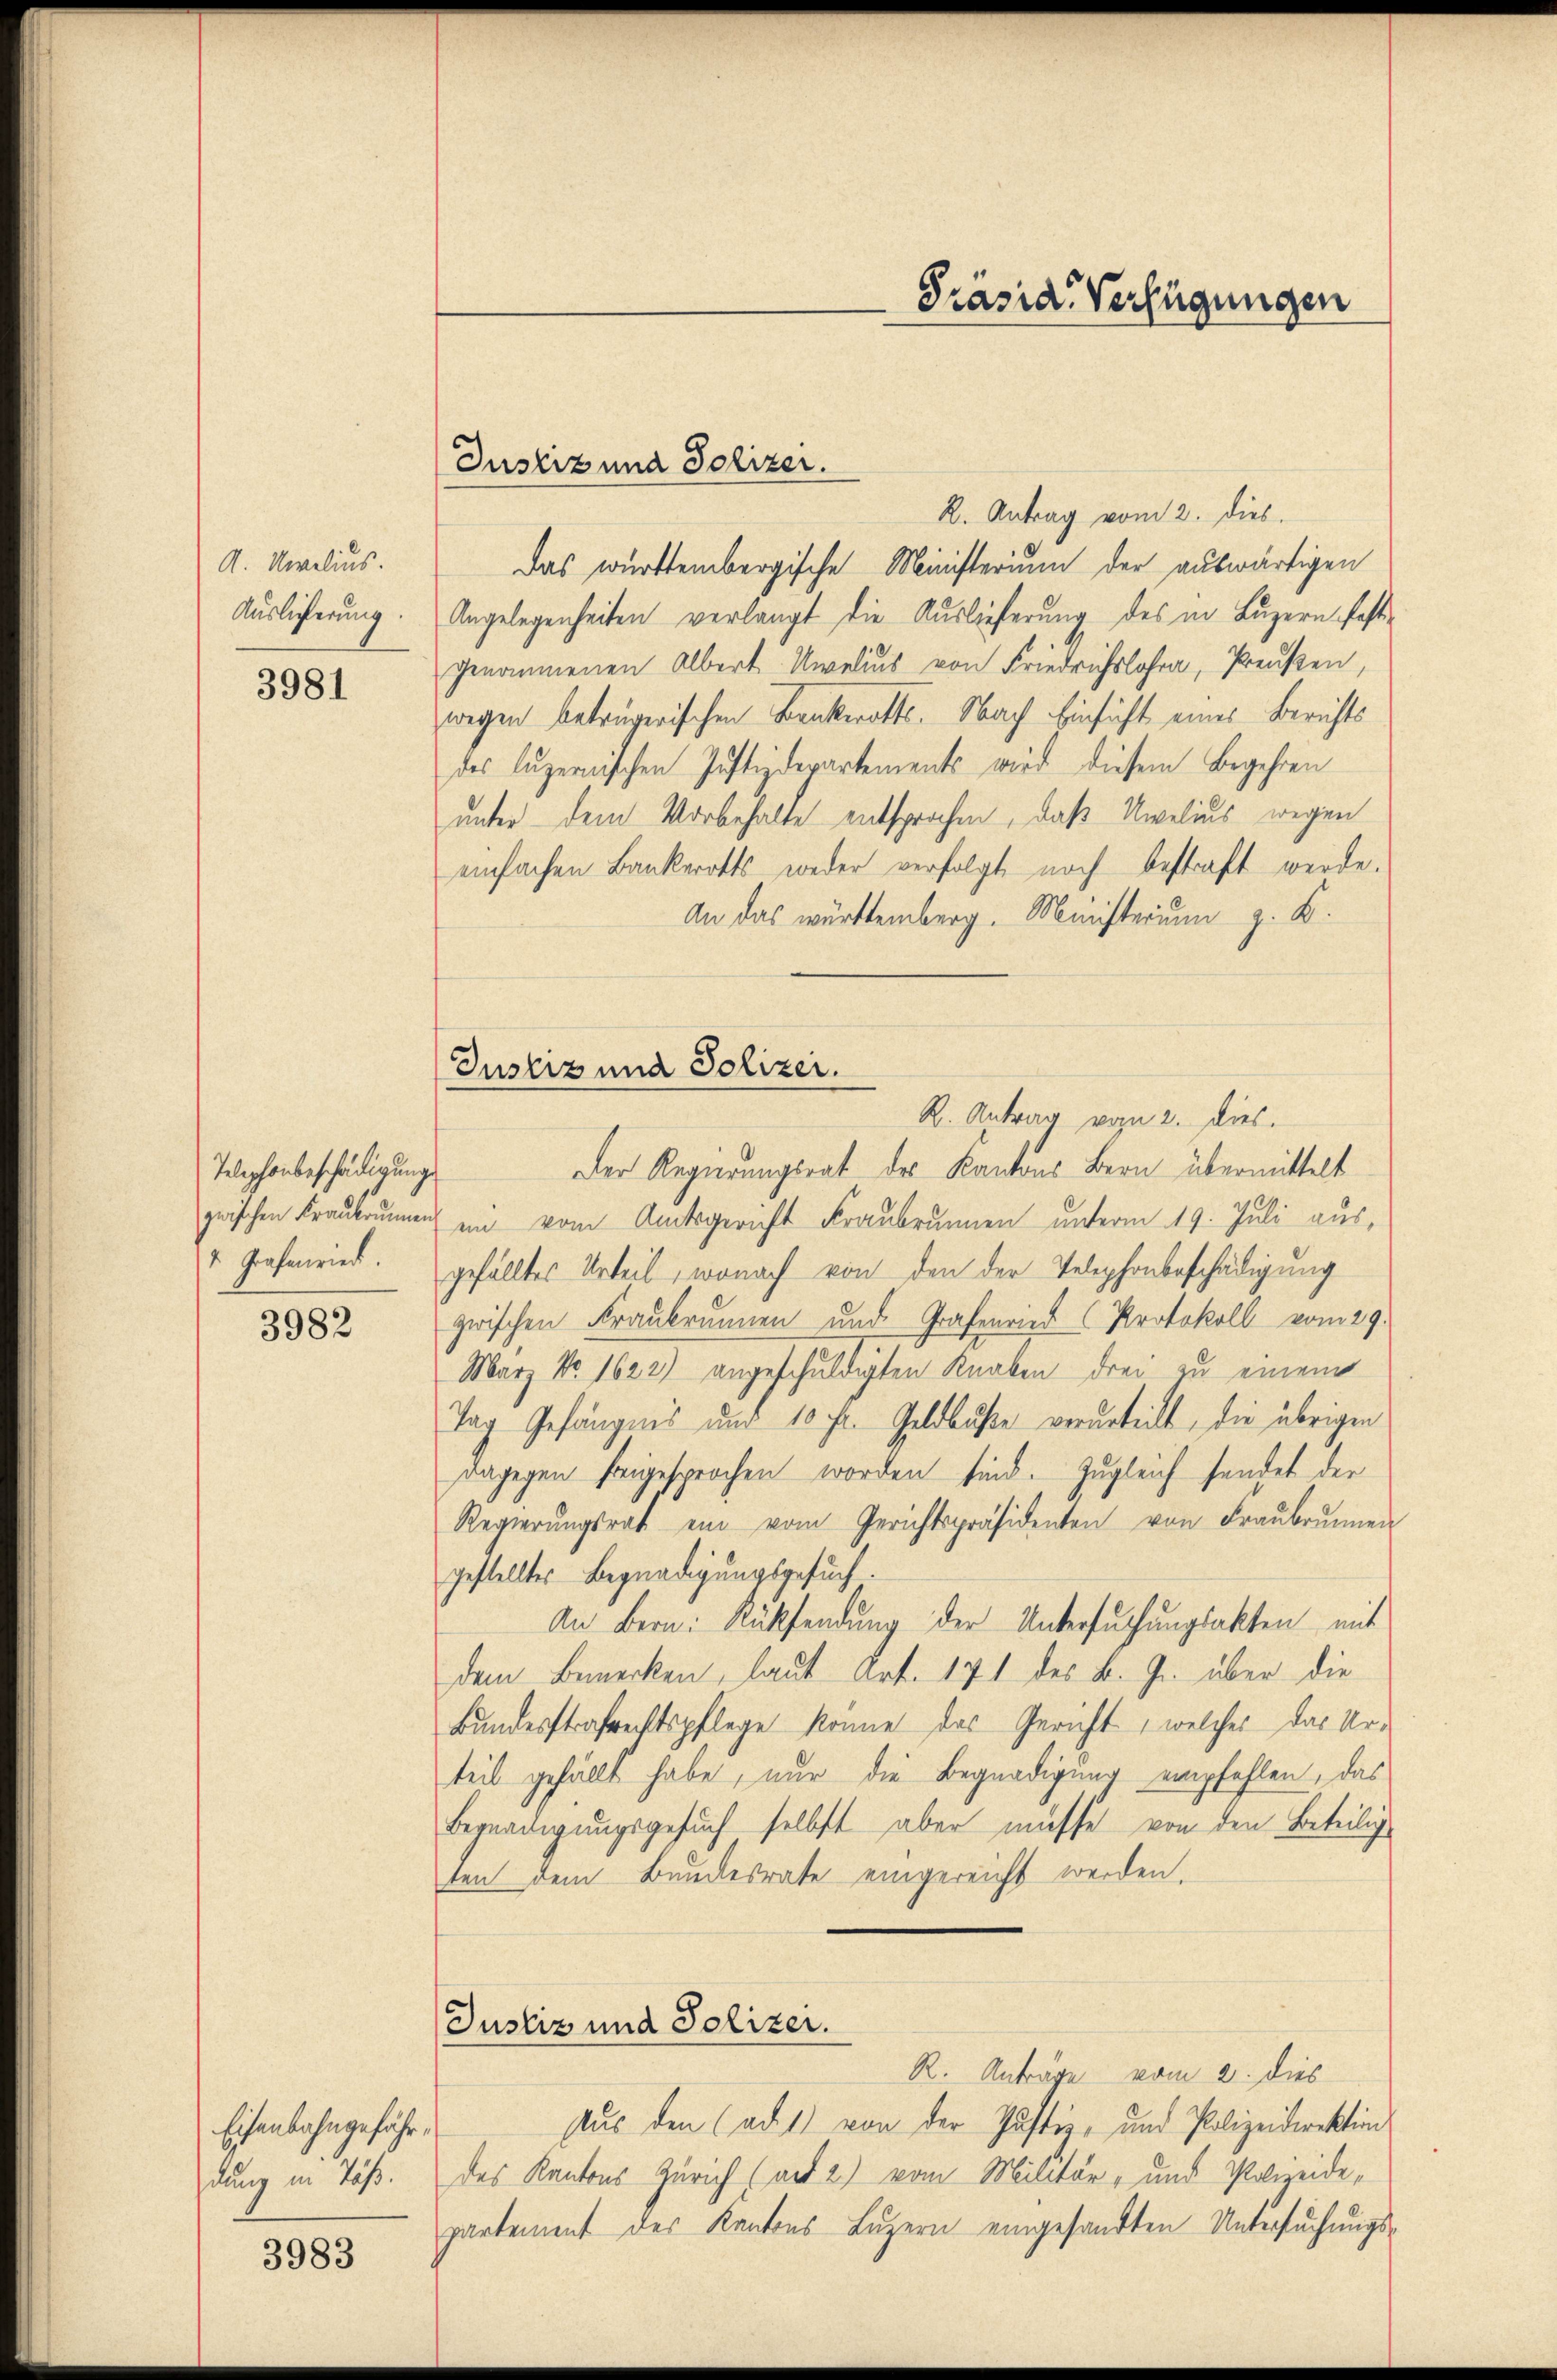
A. Unelius.
Auslieferung.

3981

Telephonbeschädigung
4 Grafenried.

3982

Eisenbahngefährdung in Täss.

3983

Präsid. Verfügungen

Justiz und Polizei.

Justiz und Polizei.
R. Antrag von 2. dies.

2. Antrag vom 2. dies
Das württembergische Ministerium der auswärtigen
Angelegenheiten verlangt die Auslieferung des in Luzern festgenommenen Albert Unelius von Friedrichslos, Preußen,
wegen betrügerischen Bankerotts. Nach Einsicht eines Berichts
des luzernischen Justizdepartements wird diesem Begehren
unter dem Vorbehalte entsprochen, daß Unelius wegen
einfachen Bankerotts weder verfolgt noch bestraft werde.
An das württemberg. Ministerium z. B.
Der Regierungsrat des Kantons Bern übermittelt
zwischen Fraukrumen in vom Amtsgericht Fraubrunnen unterm 19. Juli aus,
gefälltes Urteil, wonach von den der Telephonbeschädigung
zwischen Fraubrunnen und Grafenried (Protokoll vom 29.
März No. 1622) angeschuldigten Knaben drei zu einem
Tag Gefängnis und 10 Fr. Geldbuße verurteilt, die übrigen
dagegen freigesprochen worden sind. Zugleich sendet der
Regierŭngsrat ein vom Gerichtspräsidenten von Fraŭbrunnen
gestelltes Begnadigungsgesuch.
An Bern: Rücksendung der Untersuchungsakten mit
dem Bemerken, laut Art. 171 des k. J. über die
Bundesstrafrechtspflege könne das Gericht, welches das Urteil gefällt habe, nur die Begnadigung empfehlen, das
Begnadigungsgesuch selbst aber müsse von den Beteilige
ten dem Bundesrate eingereicht werden.
Justiz und Polizei.
R. Anträge vom 2. dies
Aus den (ad 1) von der Justiz- und Polizeidirektion
des Kantons Zürich (und 2) vom Militär- und Polizeide,
partement des Kantons Luzern eingesandten Untersuchungs-